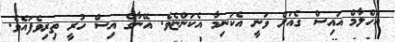
އަހްލާމް އައިސް ގެއަށް ވަނީ އެކަނިމާ އެކަންޏެވެ. އޭނާގެ އިސް ހުރީ ތިރިވެފައެވެ.